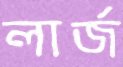
লার্জ